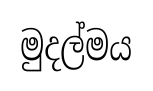
මුදල්මය